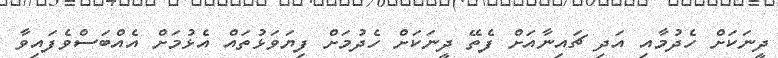
ދީނަކަށް ހެދުމާއި އަދި ޗައިނާއަށް ފެތޭ ދީނަކަށް ހެދުމަށް ފިޔަވަޅުތައް އެޅުމަށް އެއްބަސްވެފައިވާ